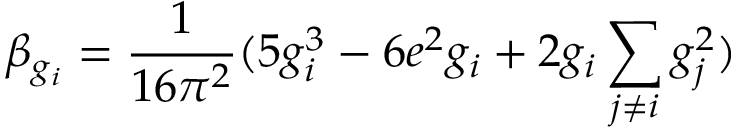
\beta _ { g _ { i } } = \frac { 1 } { 1 6 \pi ^ { 2 } } ( 5 g _ { i } ^ { 3 } - 6 e ^ { 2 } g _ { i } + 2 g _ { i } \sum _ { j \neq i } g _ { j } ^ { 2 } )